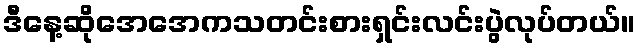
ဒီနေ့ဆိုအေအေကသတင်းစားရှင်းလင်းပွဲလုပ်တယ်။